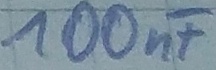
Text: 100nF